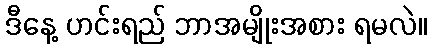
ဒီနေ့ ဟင်းရည် ဘာအမျိုးအစား ရမလဲ။